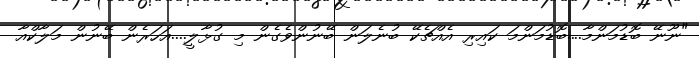
"ނޫނޭ ބޮޑުމަންމާ....ބޮޑުމަންމަ ކައިރި އެއްޗެކޭ ބުނެލަން ބޭނުންވެގެން މި ގުޅާލީ....އަހަރެން ބޭނުން މަލާކްއާ